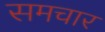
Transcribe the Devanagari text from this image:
समचार